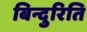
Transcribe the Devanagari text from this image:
बिन्दुरिति